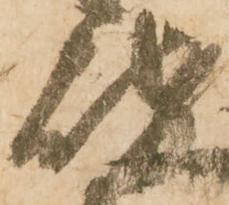
岐